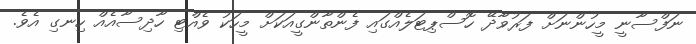
ނަފްސާނީ މީހުންނަށް ފަރުވާދޭ ހޮސްޕިޓަލެއްގައި ފެންތާންގީއަކަށް މީހަކު ވެއްޓި ހާދިސާއެއް ހިނގި އެވެ.